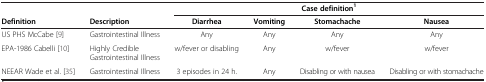
| <COLSPAN=2>  | <COLSPAN=4> Case definition1 |
 | Definition | Description | Diarrhea | Vomiting | Stomachache | Nausea |
 | --- | --- | --- | --- | --- | --- |
 | US PHS McCabe [9] | Gastrointestinal Illness | Any | Any | Any | Any |
 | EPA-1986 Cabelli [10] | Highly Credible Gastrointestinal Illness | w/fever or disabling | Any | w/fever | w/fever |
 | NEEAR Wade et al. [35] | Gastrointestinal Illness | 3 episodes in 24 h. | Any | Disabling or with nausea | Disabling or with stomachache |